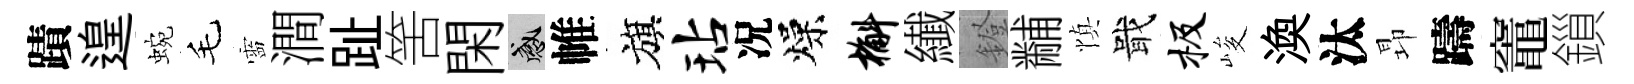
蹟遑蜿毛靈澗趾筈閑感帷旗玷况燥槲纎鐙黼慎戢极峻渙汰昻躊竈鎻